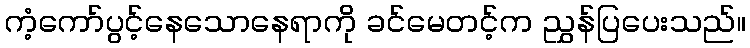
ကံ့ကော်ပွင့်နေသောနေရာကို ခင်မေတင့်က ညွှန်ပြပေးသည်။